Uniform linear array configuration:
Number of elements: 64
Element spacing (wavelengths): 1
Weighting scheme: hann
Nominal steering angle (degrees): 0
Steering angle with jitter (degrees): -0.1376
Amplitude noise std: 0.05
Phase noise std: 0.05

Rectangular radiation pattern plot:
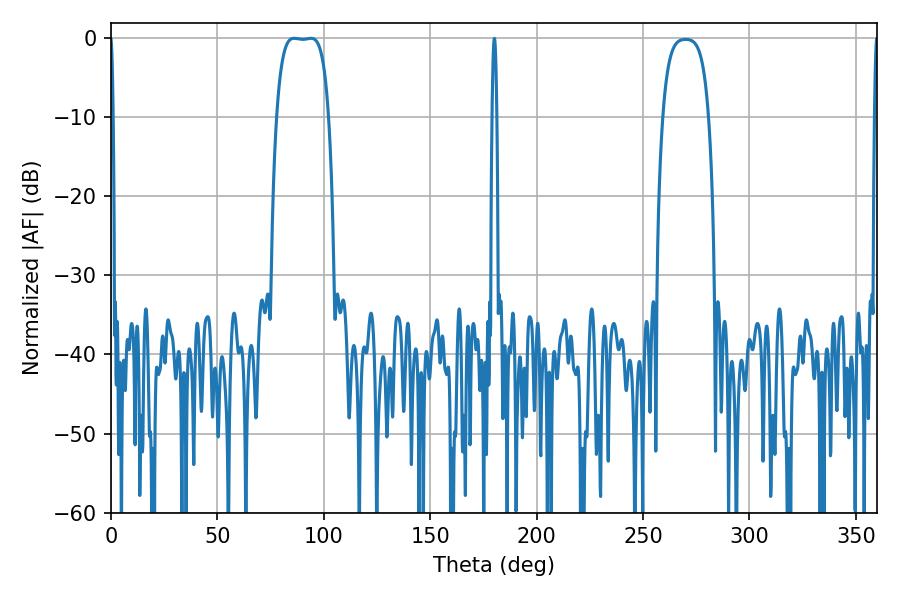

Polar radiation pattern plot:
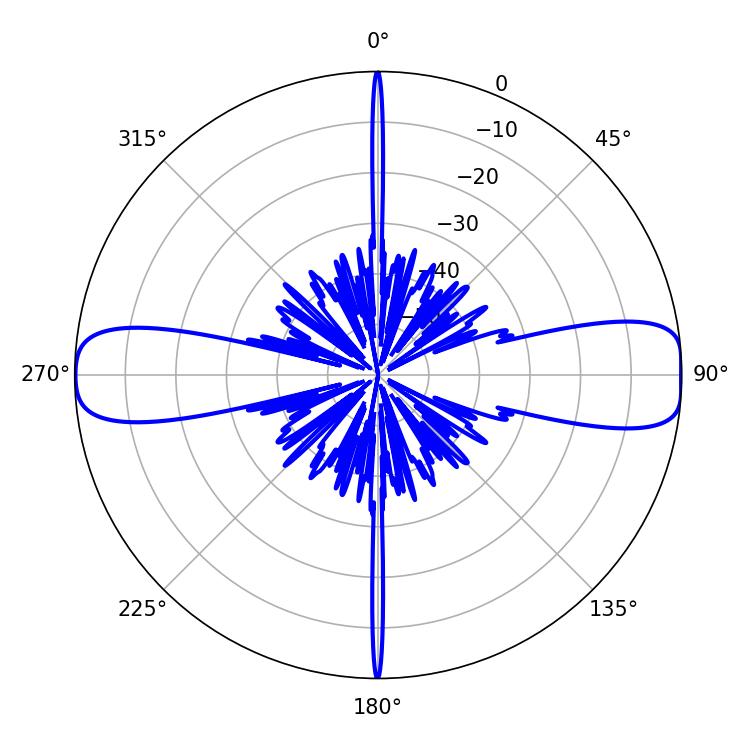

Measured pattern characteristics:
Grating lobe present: TRUE
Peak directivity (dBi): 14.46
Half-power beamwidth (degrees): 19.08
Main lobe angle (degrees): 86.04